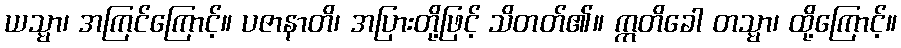
ယသ္မာ၊ အကြင်ကြောင့်။ ပဇာနာတိ၊ အပြားတို့ဖြင့် သိတတ်၏။ ဣတိခေါ တသ္မာ၊ ထို့ကြောင့်။